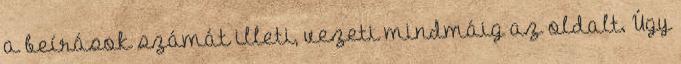
a beírások számát illeti, vezeti mindmáig az oldalt. Úgy